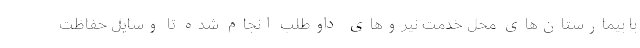
با بیمارستان‌های محل خدمت نیروهای داوطلب انجام شده تا وسایل حفاظت